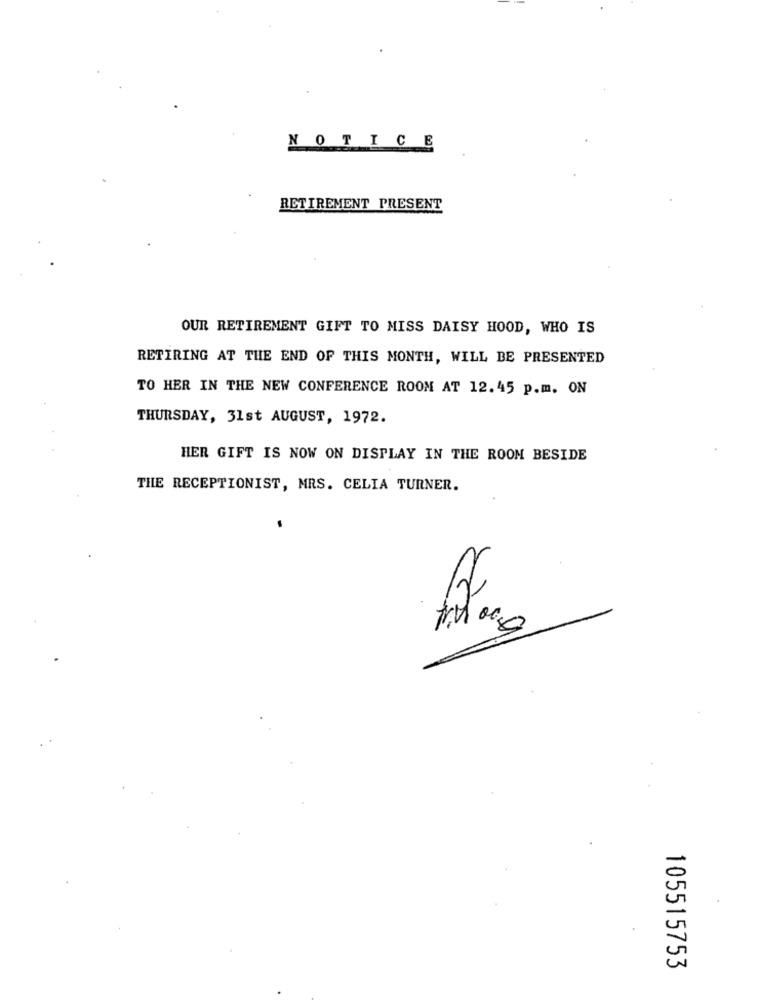
NOTICE
RETIREMENT PRESENT
OUR RETIREMENT GIFT TO MISS DAISY HOOD, WHO IS
RETIRING AT THE END OF THIS MONTH, WILL BE PRESENTED
TO HER IN THE NEW CONFERENCE ROOM AT 12.45 p.m. ON
THURSDAY, 31st AUGUST, 1972.
HER GIFT IS NOW ON DISPLAY IN THE ROOM BESIDE
THE RECEPTIONIST, MRS. CELIA TURNER.
-
-
105515753